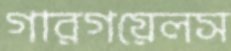
গারগয়েলস